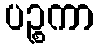
ပဉ္စကာ